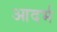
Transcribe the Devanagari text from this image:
आदर्भ